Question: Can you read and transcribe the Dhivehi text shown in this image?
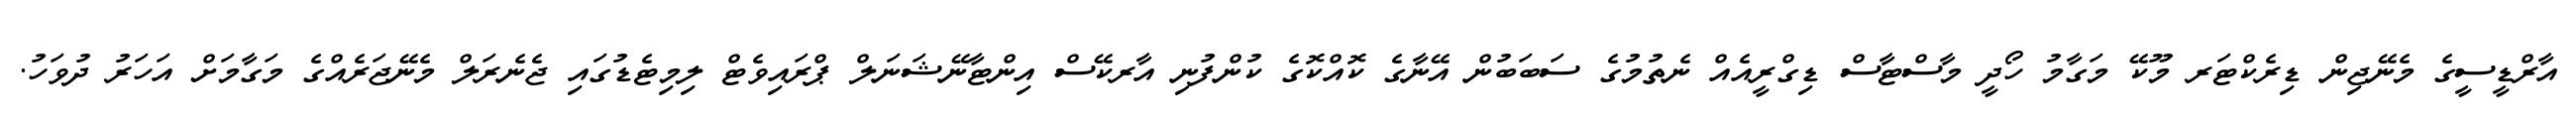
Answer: އާރްޑީސީގެ މެނޭޖިން ޑިރެކްޓަރ މޫކޭ މަގާމު ހޯދީ މާސްޓާސް ޑިގްރީއެއް ނެތުމުގެ ސަބަބުން އޭނާގެ ކޮއްކޮގެ ކުންފުނި އާރކޭސް އިންޓާނޭޝަނަލް ޕްރައިވެޓް ލިމިޓެޑުގައި ޖެނެރަލް މެނޭޖަރެއްގެ މަގާމަށް އަހަރު ދުވަހު.